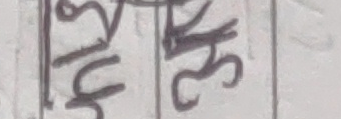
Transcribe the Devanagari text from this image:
४८/१ २५/३